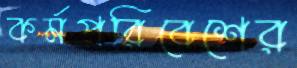
কর্মপরিবেশের